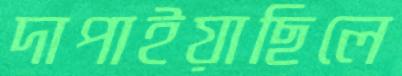
দাপাইয়াছিলে